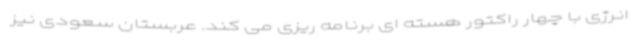
انرژی با چهار راکتور هسته ای برنامه ریزی می کند. عربستان سعودی نیز